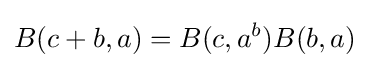
\displaystyle {B(c+b,a)=B(c,a^{b})B(b,a)}